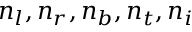
n _ { l } , n _ { r } , n _ { b } , n _ { t } , n _ { i }